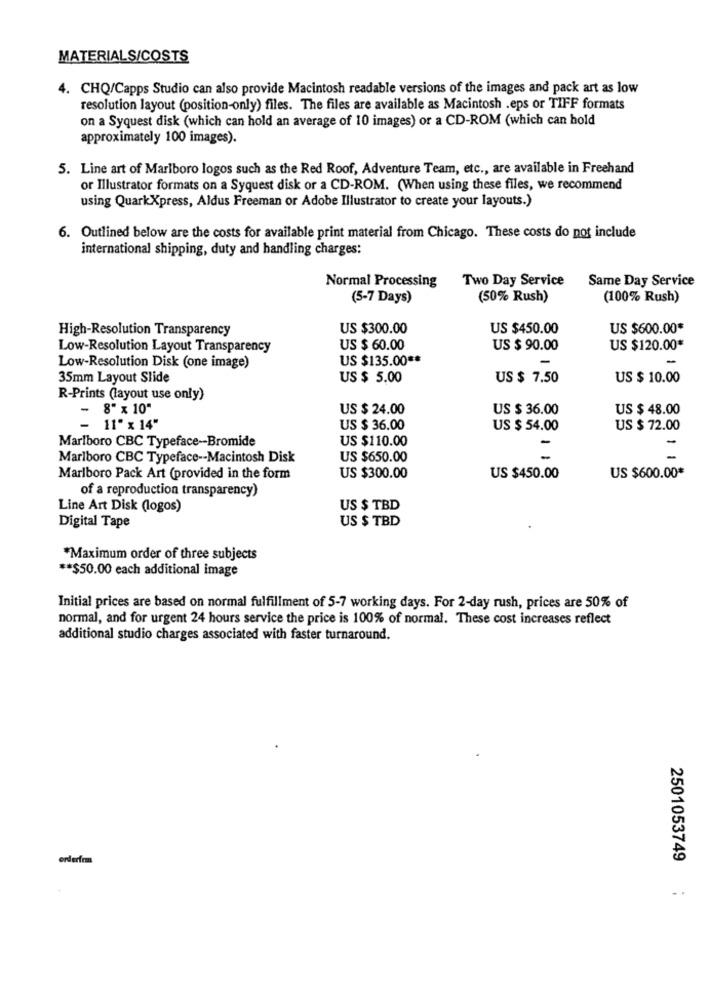
MATERIALS/COSTS
4. CHQ/Capps Studio can also provide Macintosh readable versions of the images and pack art as low
resolution layout (position-only) files. The files are available as Macintosh .eps or TIFF formats
on a Syquest disk (which can hold an average of 10 images) or a CD-ROM (which can hold
approximately 100 images).
5. Line art of Marlboro logos such as the Red Roof, Adventure Team, etc ., are available in Freehand
or Illustrator formats on a Syquest disk or a CD-ROM. (When using these files, we recommend
using QuarkXpress, Aldus Freeman or Adobe Illustrator to create your layouts.)
6. Outlined below are the costs for available print material from Chicago. These costs do not include
international shipping, duty and handling charges:
Normal Processing
Two Day Service
Same Day Service
(5-7 Days)
(50% Rush)
(100% Rush)
High-Resolution Transparency
US $300.00
US $450.00
US $600.00*
Low-Resolution Layout Transparency
US $ 60.00
US $ 90.00
US $120.00*
US $135.00 **
Low-Resolution Disk (one image)
35mm Layout Slide
US $ 5.00
US $ 7.50
US $ 10.00
R-Prints (layout use only)
- 8" x 10"
US $ 24.00
US $ 36.00
US $ 48.00
11" x 14"
US $ 36.00
US $ 54.00
US $ 72.00
Marlboro CBC Typeface-Bromide
US $110.00
-
Marlboro CBC Typeface -- Macintosh Disk
US $650.00
Marlboro Pack Art (provided in the form
US $300.00
US $450.00
US $600.00*
of a reproduction transparency)
Line Art Disk (logos)
US $ TBD
US $ TBD
Digital Tape
*Maximum order of three subjects
** $50.00 each additional image
Initial prices are based on normal fulfillment of 5-7 working days. For 2-day rush, prices are 50% of
normal, and for urgent 24 hours service the price is 100% of normal. These cost increases reflect
additional studio charges associated with faster turnaround.
orderfrm
2501053749 ;